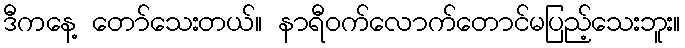
ဒီကနေ့ တော်သေးတယ်။ နာရီဝက်လောက်တောင်မပြည့်သေးဘူး။